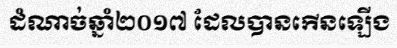
ដំណាច់ឆ្នាំ២០១៧ ដែលបានកើនឡើង